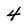
Character: 4